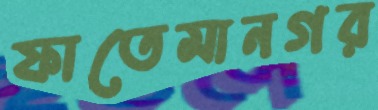
ফাতেমানগর